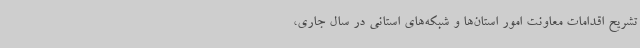
تشریح اقدامات معاونت امور استان‌ها و شبکه‌های استانی در سال جاری،